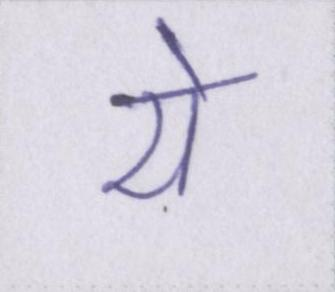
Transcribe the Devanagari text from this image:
ये